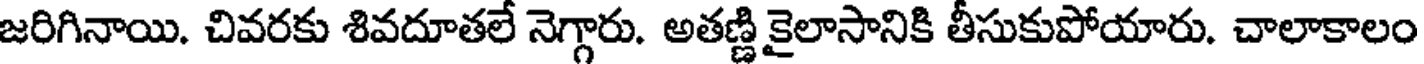
జరిగినాయి. చివరకు శివదూతలే నెగ్గారు. అతణ్ణి కైలాసానికి తీసుకుపోయారు. చాలాకాలం